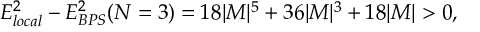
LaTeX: E _ { l o c a l } ^ { 2 } - E _ { B P S } ^ { 2 } ( N = 3 ) = 1 8 | M | ^ { 5 } + 3 6 | M | ^ { 3 } + 1 8 | M | > 0 ,